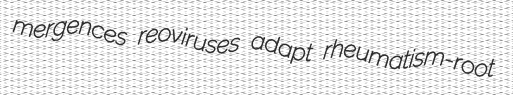
mergences reoviruses adapt rheumatism-root